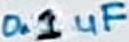
Text: 0.1uF